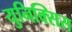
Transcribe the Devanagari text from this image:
युनिक्सिस